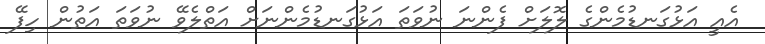
އެއީ އަޅުގަނޑުމެންގެ ލޮލަށް ފެންނަ ނުވަތަ އަޅުގަނޑުމެންނަށް އަތްލެވޭ ނުވަތަ އަތުން ހިފޭ